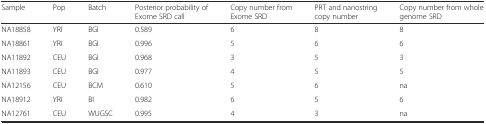
| Sample | Pop | Batch | Posterior probability of Exome SRD call | Copy number from Exome SRD | PRT and nanostring copy number | Copy number from whole genome SRD |
 | --- | --- | --- | --- | --- | --- | --- |
 | NA18858 | YRI | BGI | 0.589 | 6 | 8 | 8 |
 | NA18861 | YRI | BGI | 0.996 | 5 | 6 | 6 |
 | NA11892 | CEU | BGI | 0.968 | 3 | 5 | 3 |
 | NA11893 | CEU | BGI | 0.977 | 4 | 5 | 5 |
 | NA12156 | CEU | BCM | 0.610 | 5 | 6 | na |
 | NA18912 | YRI | BI | 0.982 | 6 | 5 | 6 |
 | NA12761 | CEU | WUGSC | 0.995 | 4 | 3 | na |